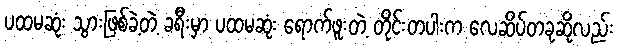
ပထမဆုံး သွားဖြစ်ခဲ့တဲ့ ခရီးမှာ ပထမဆုံး ရောက်ဖူးတဲ့ တိုင်းတပါးက လေဆိပ်တခုဆိုလည်း